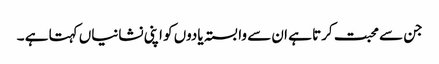
جن سے محبت کرتا ہے ان سے وابستہ یادوں کو اپنی نشانیاں کہتا ہے ۔